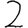
Digit: 2